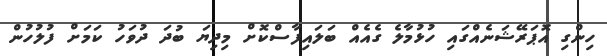
ހިންގި އޮޕަރޭޝަނެއްގައި ހުޅުމާލެ ގެއެއް ބަލައިފާސްކޮށް މިދިޔަ ބުދަ ދުވަހު ކަމަށް ފުލުހުން